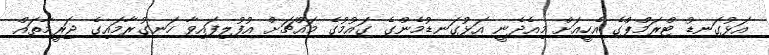
އަޅުގަނޑު ޓްރަމްޕްގެ އެހީއަށް މިއެދެނީ އަޅުގަނޑުމެންގެ ގައުމުގެ މައްޗަށް އުފުލިފައިވާ ހަނގުރާމައިގެ ޖަރީމާތައް